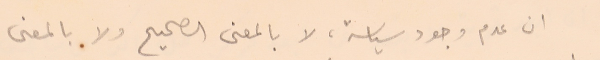
ان عدم وجود سياسة، لا بالمعنى الصحيح ولا بالمعنى